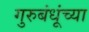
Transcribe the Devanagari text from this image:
गुरुबंधूंच्या